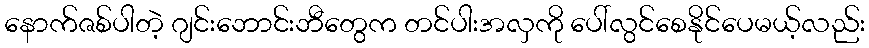
နောက်ဇစ်ပါတဲ့ ဂျင်းဘောင်းဘီတွေက တင်ပါးအလှကို ပေါ်လွင်စေနိုင်ပေမယ့်လည်း